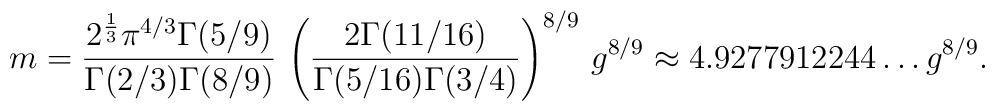
m={2^{1\over 3} \pi^{4/3} \Gamma(5/9)\over \Gamma(2/3)\Gamma(8/9)}\,\left({2\Gamma(11/16)\over\Gamma(5/16)\Gamma(3/4)}\right)^{8/9}\,g^{8/9}\approx 4.9277912244\ldots g^{8/9} .